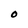
Character: O